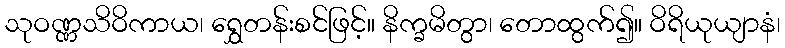
သုဝဏ္ဏသိဝိကာယ၊ ရွှေတန်းစင်ဖြင့်။ နိက္ခမိတွာ၊ တောထွက်၍။ ဝိရိယုယျာနံ၊